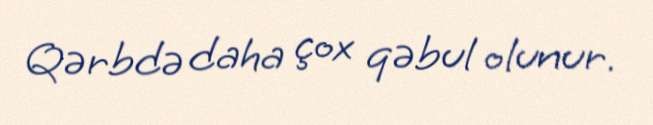
Qərbdə daha çox qəbul olunur.